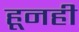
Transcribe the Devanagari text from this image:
हूनही